画像に写った文字を読んでください
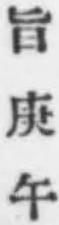
「旨庚午」と書いてあります